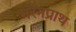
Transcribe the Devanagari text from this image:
भरनप्राथ